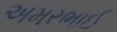
અમરભાઈ